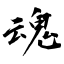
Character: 魂